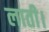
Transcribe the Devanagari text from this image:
लाती।